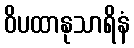
ဝိပထာနုသာရိနံ